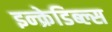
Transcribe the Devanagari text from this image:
इन्क्रेडिब्ल्स